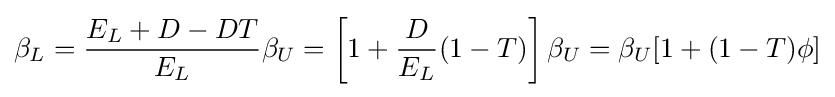
\beta _{L}={\frac {E_{L}+D-DT}{E_{L}}}\beta _{U}=\left[1+{\frac {D}{E_{L}}}(1-T)\right]\beta _{U}=\beta _{U}[1+(1-T)\phi ]